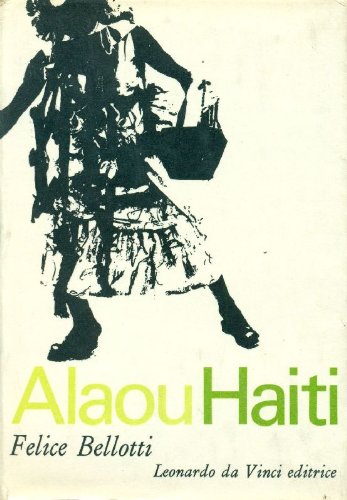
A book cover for Alaou Haiti; BELLOTTI Felice; Travel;